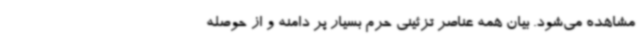
مشاهده می‌شود. بیان همه عناصر تزئینی حرم بسیار پر دامنه و از حوصله